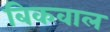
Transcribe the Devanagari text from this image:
बिकवाल